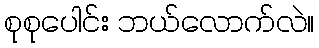
စုစုပေါင်း ဘယ်လောက်လဲ။